Civil Veterinary Dept. Bombay admin report 1923-31 - 1923-1931
Year: 1923
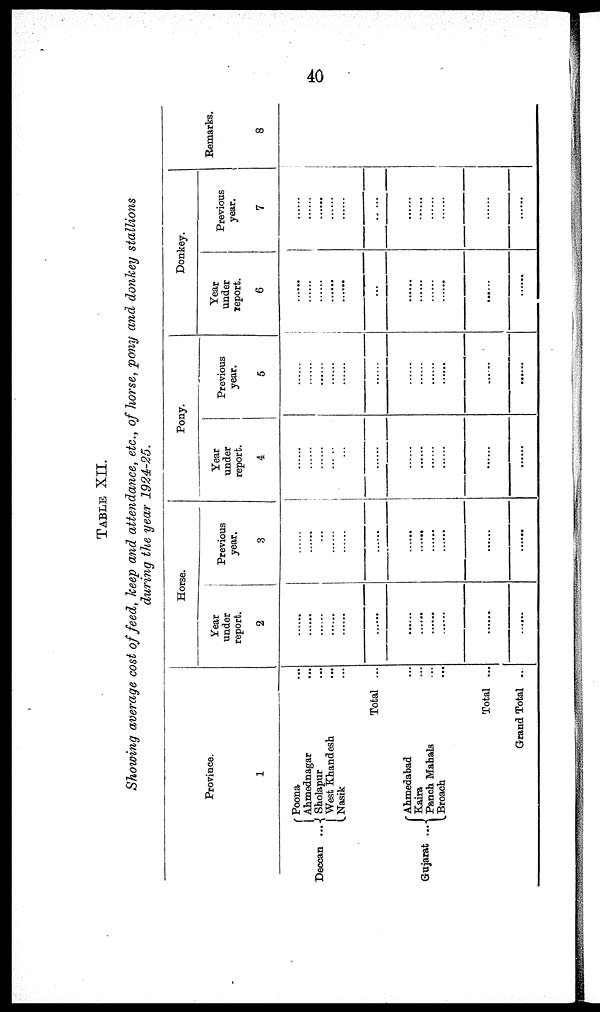
40
TABLE
XII.
Showing
average
cost of feed,
keep
and
attendance,
etc.,
of horse,
pony
and
donkey
stallions
during
the year
1924-25.
Province.
1
Poona ...
Ahmednagar ...
Deccan ...
Sholapur ...
West Khandesh ...
Nasik ...
Total
...
Ahmedabad ...
Kaira ...
Gujarat
Panch Mahals ...
Broach ...
Total ...
Grand Total ...
Horse.
Year
under
report.
2
......
......
......
......
......
......
......
......
......
......
......
......
Previous
year.
3
......
......
......
......
......
......
......
......
......
......
......
......
Pony.
Year
under
report.
4
......
......
...
...
......
......
......
......
......
......
......
Previous
year.
5
......
......
......
......
......
......
......
......
......
......
......
......
Donkey.
Year
under
report.
6
......
......
......
......
......
...
......
......
......
......
......
......
Previous
year.
7
......
......
......
......
......
......
......
......
......
......
......
Remarks.
8